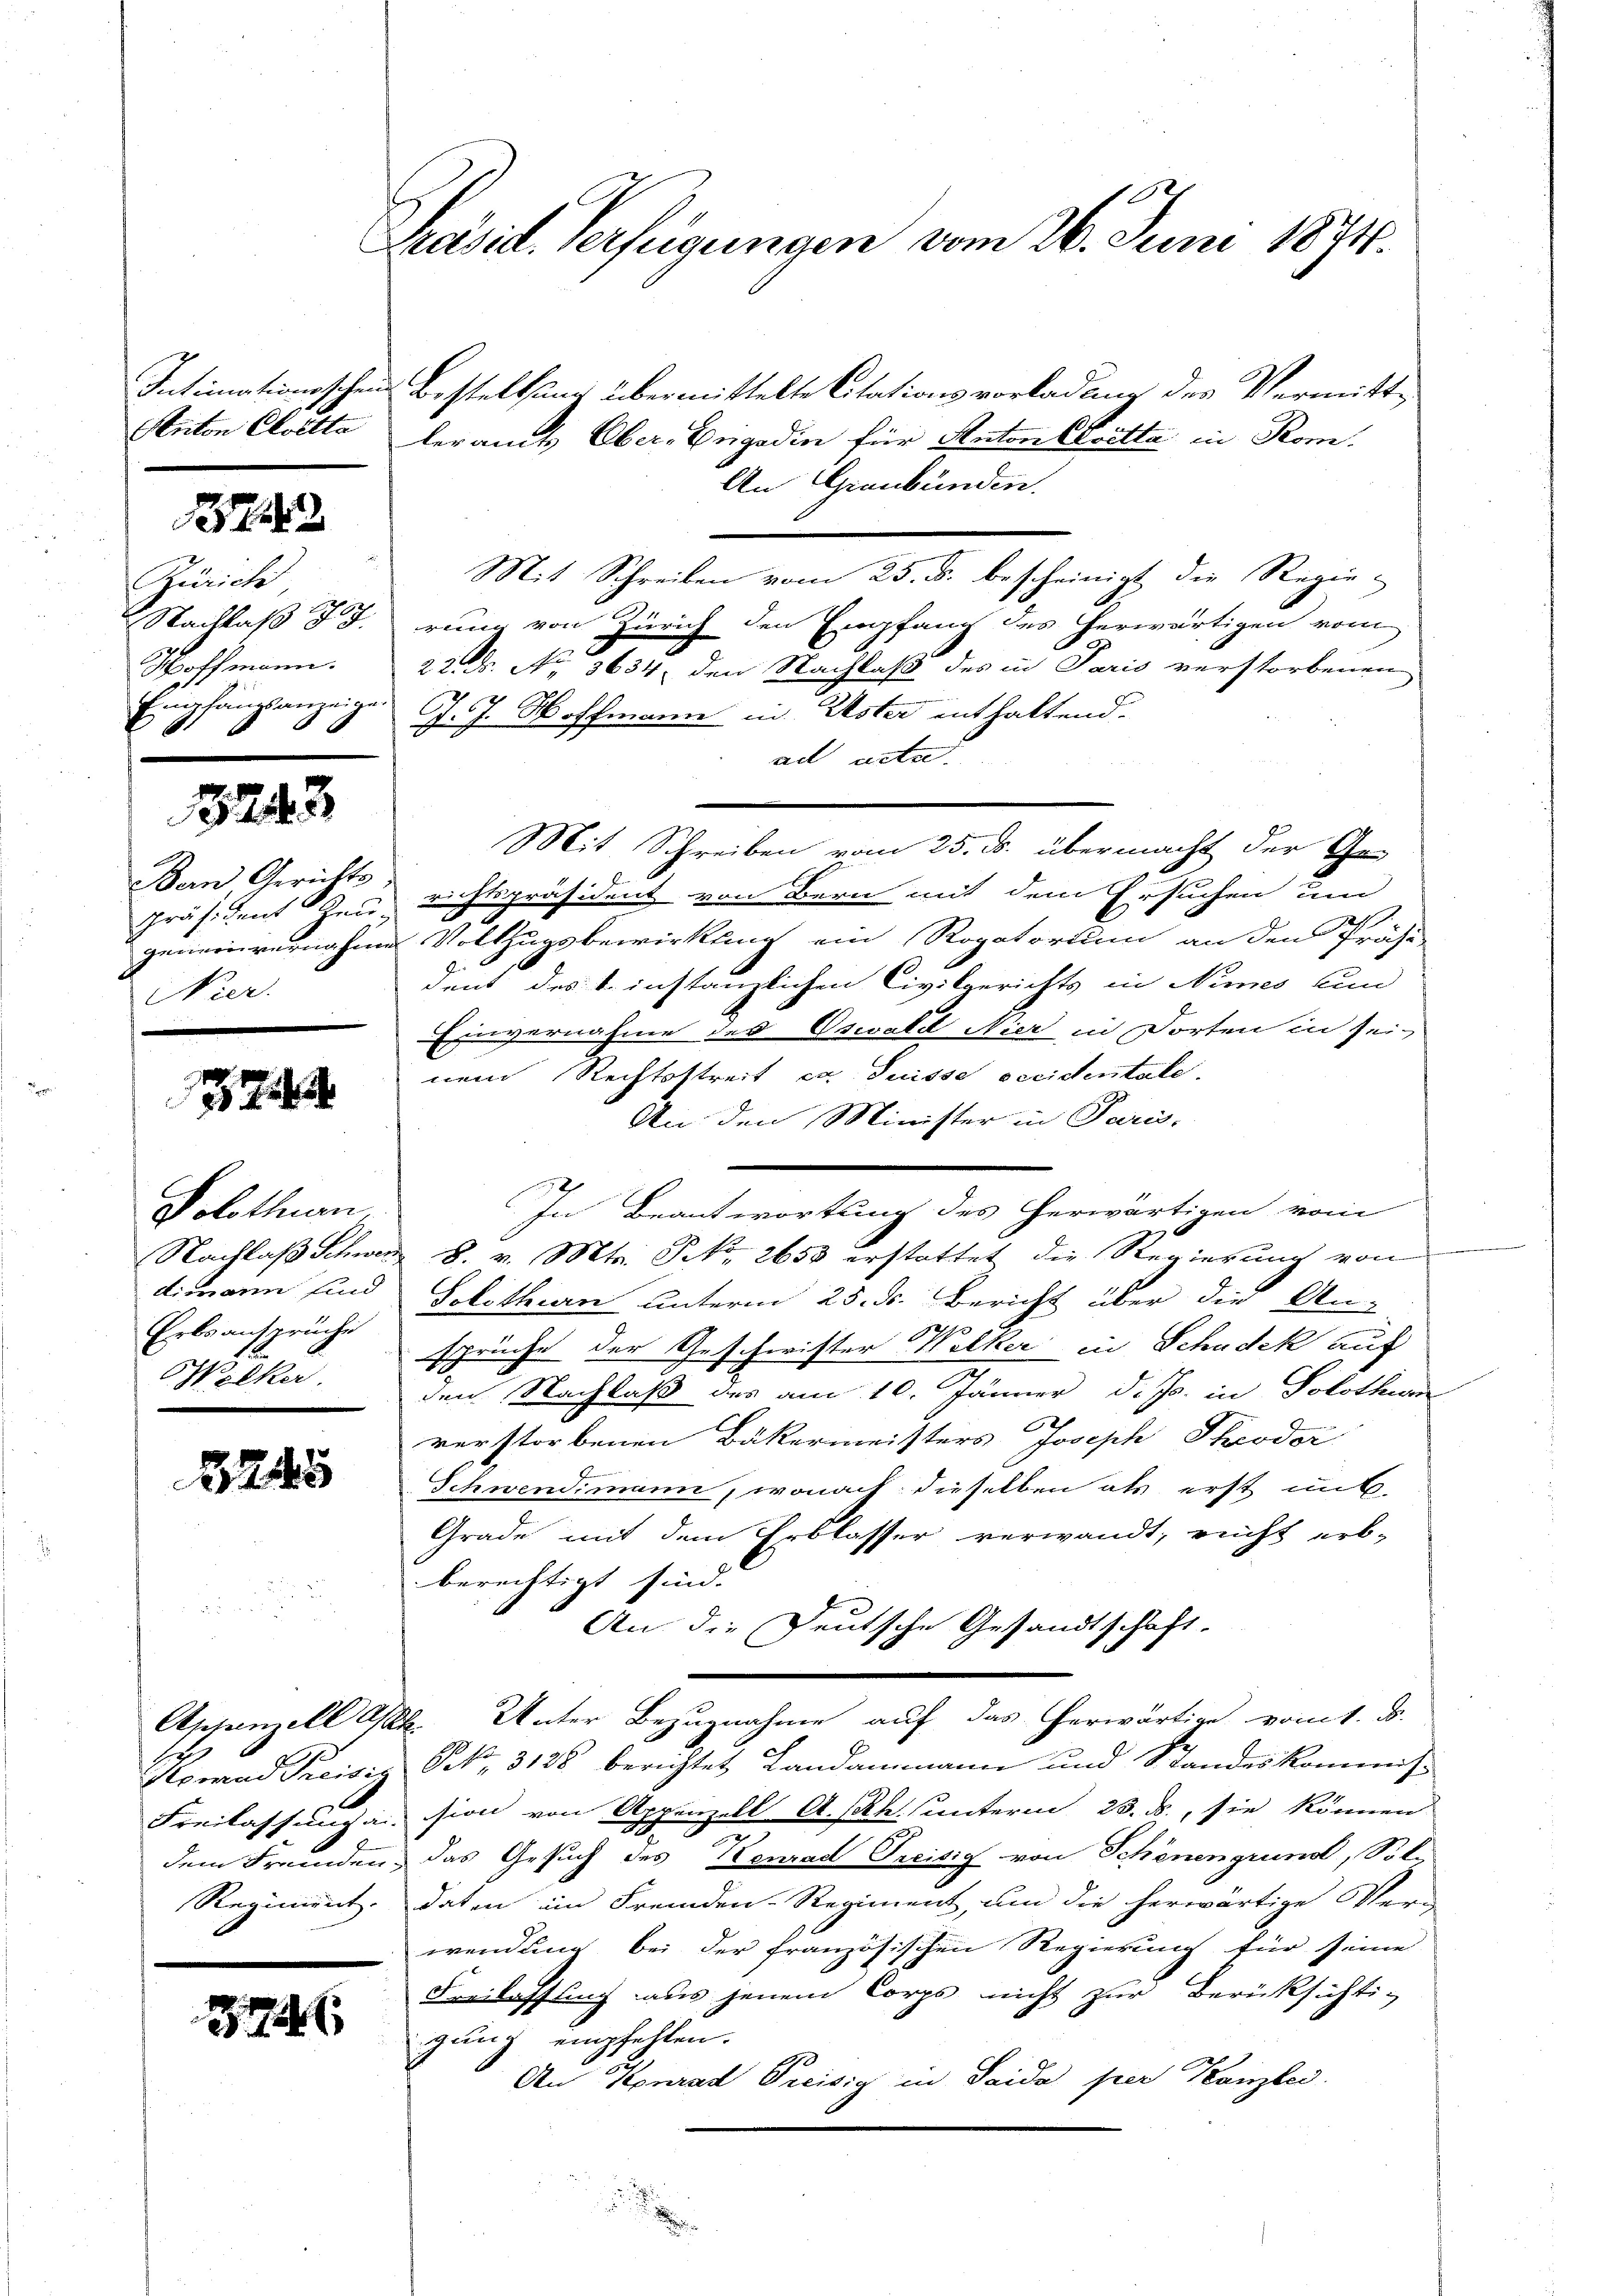
Anton Cloetta

1222

Zürich
Nachlaß dh.
Hoffmann.
Empfangsanzeigen
0 x

3243

Bern, Gerichts-
Nier.

7

Solothurn,
Erbsansprüche
Welker.

2245

274

Prasil. Verfügungen vom 26. Juni 1891.

Intimationsschen Bestellung übermittelte Citationsvorladung des Vermittleramts Ober-Engadin für Antonskritte in Rom.
An Graubünden.
Mit Schreiben vom 25. ds. bescheinigt die Regie-
rung von Zürich den Empfang des herwärtigen vom
22. No 3634, den Nachlaß des in Paris verstorbenen
J. J. Hoffmann in Uster enthaltend.
ad acta.
Mit Schreiben vom 25. ds. übermacht der Ge-
Präsident den richtspräsident von Bern mit dem Ersuchen um
geneinvernahme Vollzugsbewirkung ein Rogatorium an den Präsi-
dent des instanzlichen Civilgerichts in Nimes un
Einvernahme des Oswald Nier in dorten in sei-
nem Rechtsstreit ex Suisse occidentale.
An den Minister in Paris.
In Beantwortung des herwärtigen vom
Nachlaß Schweiz 8. v. Mts. S. 2650 erstattet die Regierung von
dimann sind Solothurn unterm 25. ds. Bericht über die An-
sprüche der Geschwister Wolker in Schudek auf
den Nachlaß des am 10. Jänner d. Js. in Solothwen
verstorbenen Bäkermeisters Joseph Theodor
Schwendimann, wonach dieselben als erst mit
Grade mit dem Erblasser verwandt, recht erb-
berechtigt sind.
An die Deutsche Gesandtschaft.
Appenzell Kt. Unter Bezugnahme auf das herwärtige vom 1. d.
Konrad Preisig Frk. 3128 berichtet Landammann und Standeskommis
Freilassung ansion von Appenzell A.-Rh. unterm 23. ds., sie können
dem Fremden, das Gesuch des Konrad Preisig von Schönengrundt, Soli
Regiment. daten im Fremden-Regiment, um die herwärtige Ver-
wendung bei der französischen Regierung für seine
Freilassung aus jenem Corps nicht zur Berücksichti-
gung empfehlen.
An Konrad Preisig in Saida per Kanzlei.